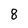
Character: 8